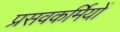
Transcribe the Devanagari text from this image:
प्रसवकर्मियों